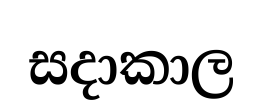
සදාකාල